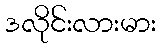
ဒလိုင်းလားမား